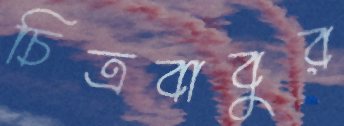
চিত্রবাবুর